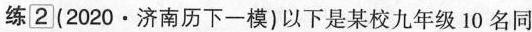
练2(2020·济南历下一模)以下是某校九年级10名同